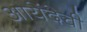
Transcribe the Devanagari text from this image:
आयेंदेची